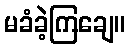
မခံခဲ့ကြချေ။